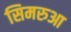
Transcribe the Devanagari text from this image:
सिमरुआ